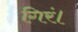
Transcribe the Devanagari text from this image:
गिरं।